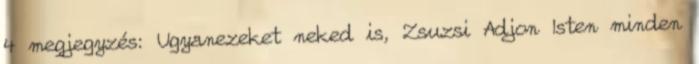
4 megjegyzés: Ugyanezeket neked is, Zsuzsi Adjon Isten minden